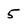
Character: 5